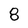
Character: 8